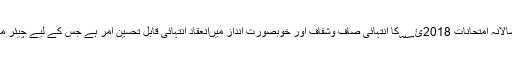
انھوں نے کہا کہ نیشنل کونسل فار طب کے زیر اہتمام منعقد ہ سالانہ امتحانات 2018ئ؁کا انتہائی صاف وشفاف اور خوبصورت انداز میںانعقاد انتہائی قابل تحسین امر ہے جس کے لیے چیئر مین امتحانی کمیٹی اور اُن کی تمام ٹیم مبارک باد کی مستحق ہے۔